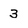
Character: 3